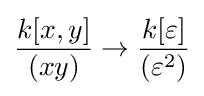
{\frac {k[x,y]}{(xy)}}\to {\frac {k[\varepsilon ]}{(\varepsilon ^{2})}}